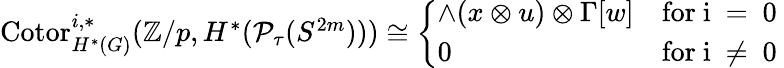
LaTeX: \begin{array}{r}{\mathrm{Cotor}_{H^{*}(G)}^{i,*}({\mathbb Z}/p,H^{*}({\mathcal P}_{\tau}(S^{2m})))\cong\left\{ \begin{array}{ll}{\wedge(x\otimes u)\otimes\Gamma[w]}&{\mathrm{for~i~=~0~}}\\ {0}&{\mathrm{for~i~\neq~0~}}\end{array}\right.}\end{array}